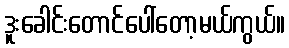
ဒူးခေါင်းတောင်ပေါ်တော့မယ်ကွယ်။